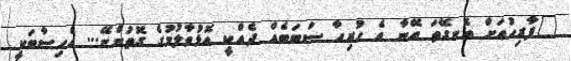
"ފާރިހުއަށް އެނގޭތަ އޭނާ އެ ހުރިހާ ސަބަބެއް ދެއްކީ އޮޅުވާލުމުގެ ގޮތުންނޭ... އެހިސާބަކީ